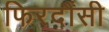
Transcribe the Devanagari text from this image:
फिरदौंसी